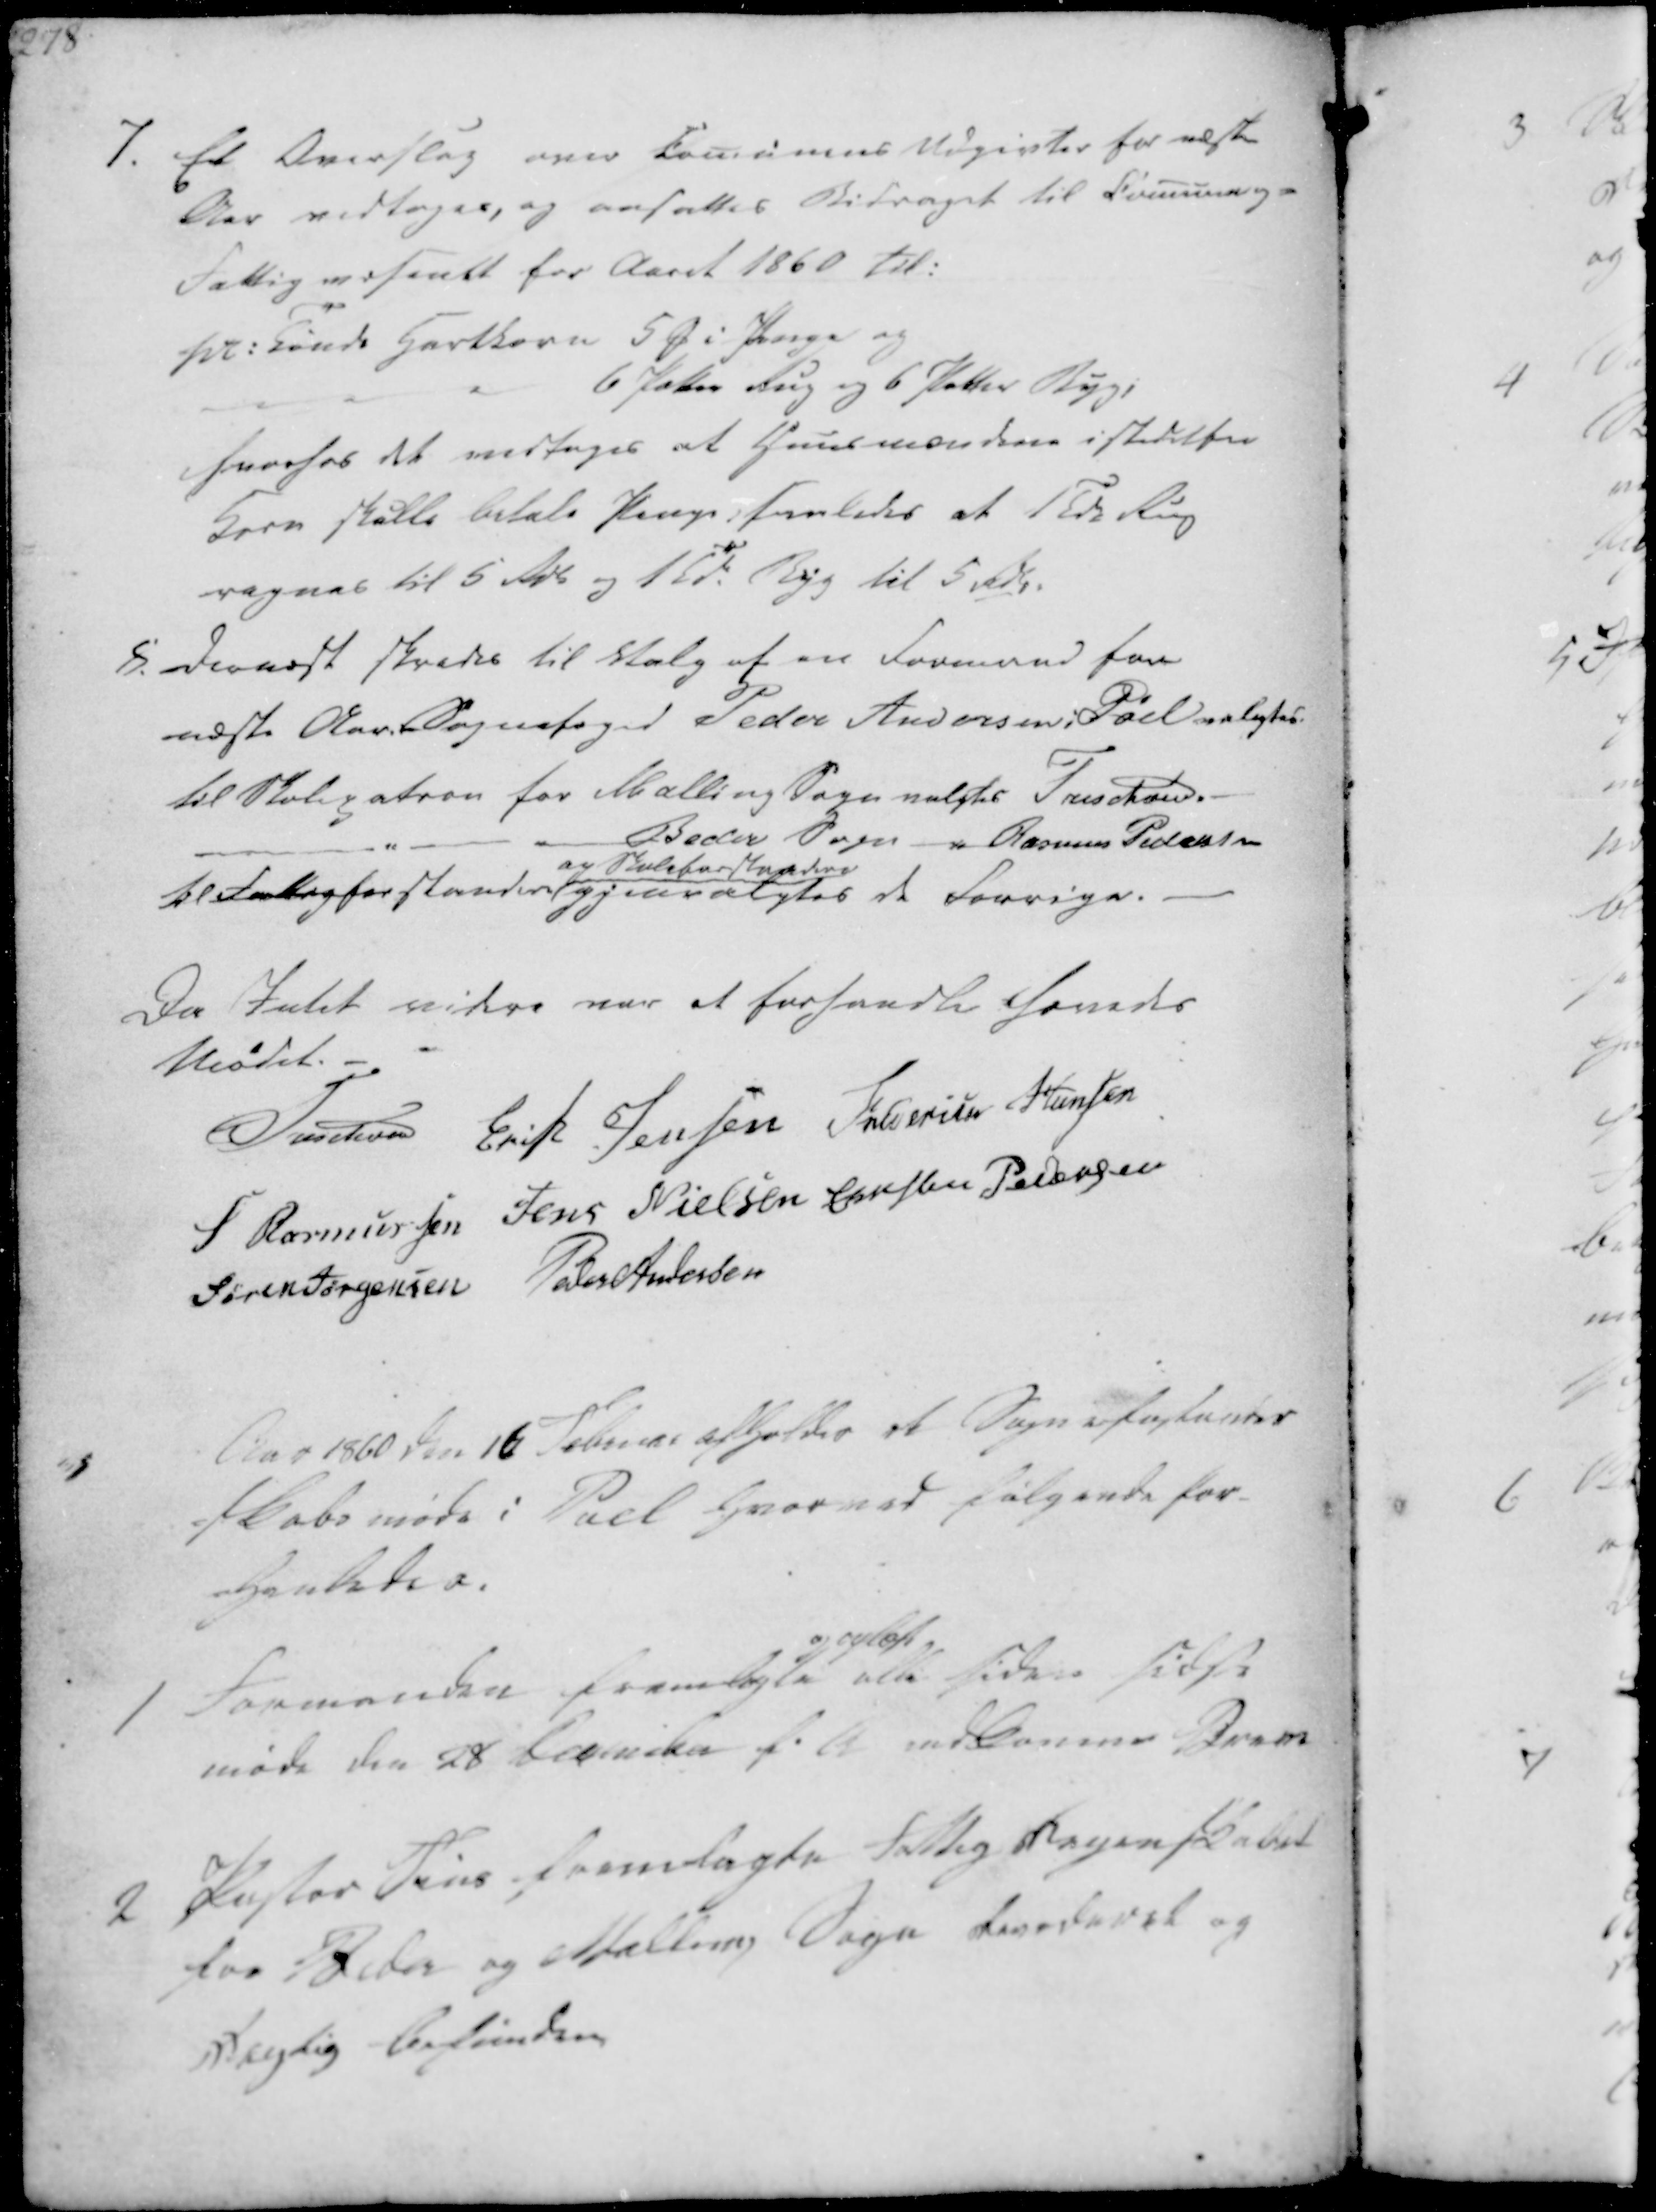
Transskription:
7. Et Overslag over Comunens Udgivter for næste
Aar vedtoges, og ansattes Bidraget til Comune og-
Fattig væsenet for Aaret 1860 til:
pr: Tønde Hartkorn 5 ₻ i Penge og
6 Potter Rug og 6 Potter Byg,
hvorhos det vedtages at Huusmændene istedetfor
Korn skulle betale Penge, saaledes at 1 Tdr Rug
regnes til 5 Rdl og 1 Td. Byg til 5 Rdl.

8. Dernæst skredes til Valg af en Formand for
næste Aar. Sognefoged Peder Andersen i Pøel valgtes.
til Skolepatron for Malling Sogn valgtes Treschov.
- Beder Sogn -"- Rasmus Pedersen
til fattigforstandere
og Skoleforstandere
gjenvalgtes de forrige.

Da Intet videre var at forhandle hevedes
Mødet.
Treschov
Erik Jensen
Frederich Hansen
S Rasmussen
Jens Nielsen
Christen Pedersen
Søren Jørgensen
Peder Andersen

Aar 1860 den 16 Februar afholdes et Sogneforstander
-skabs møde i Pøel hvorved følgende for-
hanledes.

1 Formanden fremlagte
og oplæste
alle siden sidste
møde den 28 December f.A. indkomne Breve
2
Pastor Friis fremlagte Fattig Regenskabet
for Beder og Malling Sogn revideret og
rigtig befunden